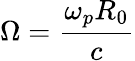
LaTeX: \Omega=\frac{\omega_{p}R_{0}}{c}